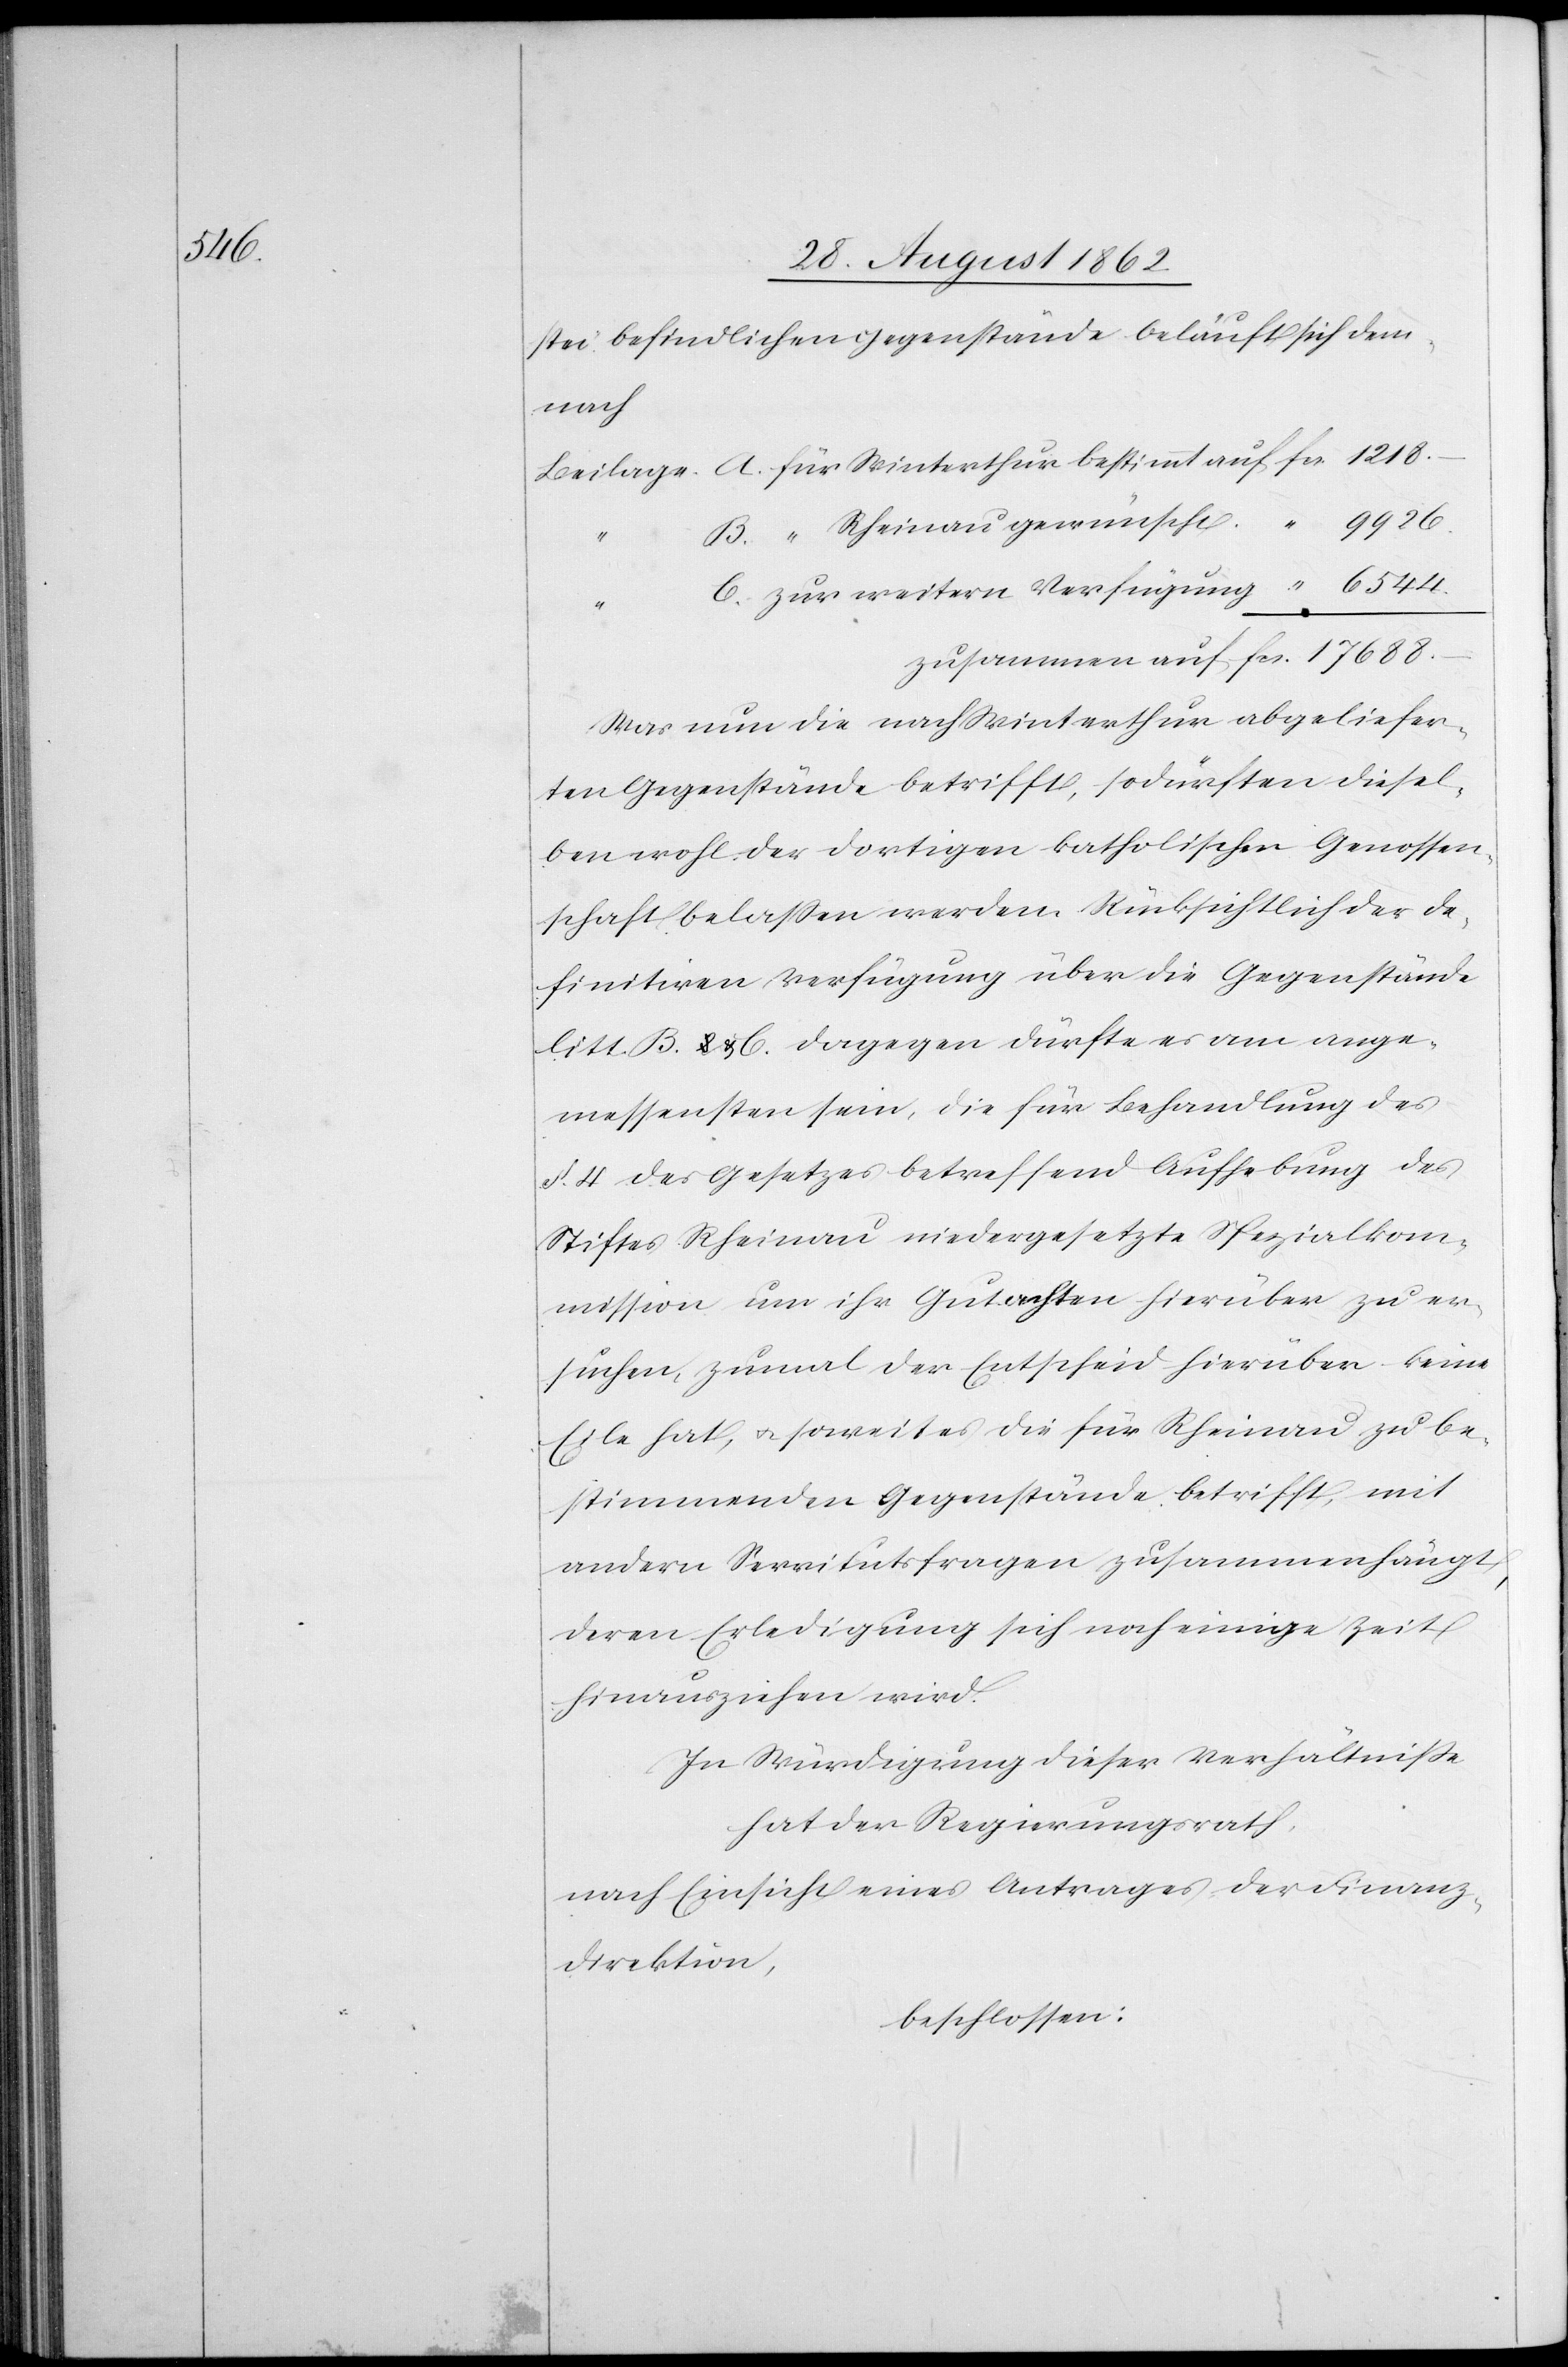
6544.

stei befindlichen Gegenstände beläuft sich dem¬
nach
Was nun die nach Winterthur abgeliefer¬
ten Gegenstände betrifft, so dürften diesel¬
ben wohl der dortigen katholischen Genossen¬
schaft belaßen werden. Rücksichtlich der de¬
finitiven Verfügung über die Gegenstände
litt. B u. C. Dagegen dürfte es am ange¬
messensten sein, die für Behandlung des
§. 4 des Gesetzes betreffend Aufhebung des
Stiftes Rheinau niedergesetzte Spezialkom¬
mission um ihr Gutachten hierüber zu er¬
suchen, zumal der entscheid hierüber keine
Eile hat, u. soweit es die für Rheinau zu be¬
stimmenden Gegenstände betrifft, mit
andern Servitutsfragen zusammenhängt,
deren Erledigung sich noch einige Zeit
hinausziehen wird.
In Würdigung dieser Verhältniße
hat der Regierungsrath,
nach Einsicht eines Antrages der Finanz¬
direktion,
beschlossen: